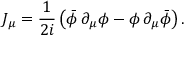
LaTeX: J _ { \mu } = \frac { 1 } { 2 i } \left( \bar { \phi } \, \partial _ { \mu } \phi - \phi \, \partial _ { \mu } \bar { \phi } \right) .